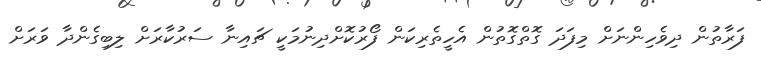
ފަރާތުން ދިވެހިންނަށް މިފަދަ ގޮތްގޮތުން އެހީތެރިކަން ފޯރުކޮށްދިނުމަކީ ޗައިނާ ސަރުކާރަށް ލިބިގެންދާ ވަރަށް